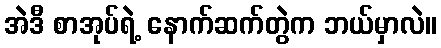
အဲဒီ စာအုပ်ရဲ့ နောက်ဆက်တွဲက ဘယ်မှာလဲ။